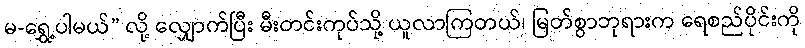
မ-ရွှေ့ပါမယ်” လို့ လျှောက်ပြီး မီးတင်းကုပ်သို့ ယူလာကြတယ်၊ မြတ်စွာဘုရားက ရေစည်ပိုင်းကို